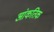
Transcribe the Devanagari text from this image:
आंकतिक